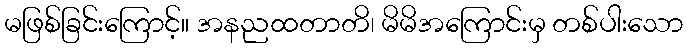
မဖြစ်ခြင်းကြောင့်။ အနညထတာတိ၊ မိမိအကြောင်းမှ တစ်ပါးသော